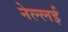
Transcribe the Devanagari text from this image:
नेल्लई